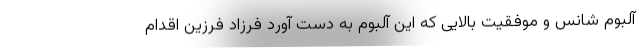
آلبوم شانس و موفقیت بالایی که این آلبوم به دست آورد فرزاد فرزین اقدام